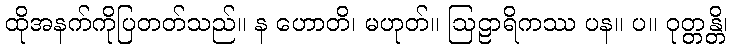
ထိုအနက်ကိုပြတတ်သည်။ န ဟောတိ၊ မဟုတ်။ ဩဠာရိကဿ ပန။ ပ။ ဝုတ္တန္တိ၊